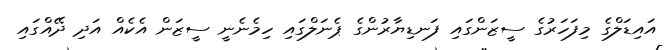
އައިޑަލްގެ މިފަހަރުގެ ސީޒަންގައި ފަނޑިޔާރުންގެ ޕެނަލްގައި ހިމެނެނީ ސީޒަން އެކެއް އަދި ދޭއްގައި